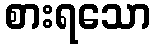
စားရသော